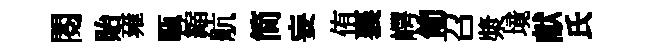
閱貽雍甌縮航简妄侑襄崿匍召漿境献氏